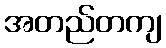
အတည်တကျ